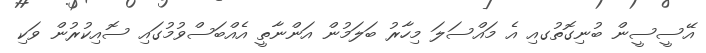
އޭސީސީން ބުނިގޮތުގއި އެ މައްސަލަ މިހާރު ބަލަމުން އަންނާތީ އެއްބަސްވުމުގައި ސޮއިކުރުން ވަކި